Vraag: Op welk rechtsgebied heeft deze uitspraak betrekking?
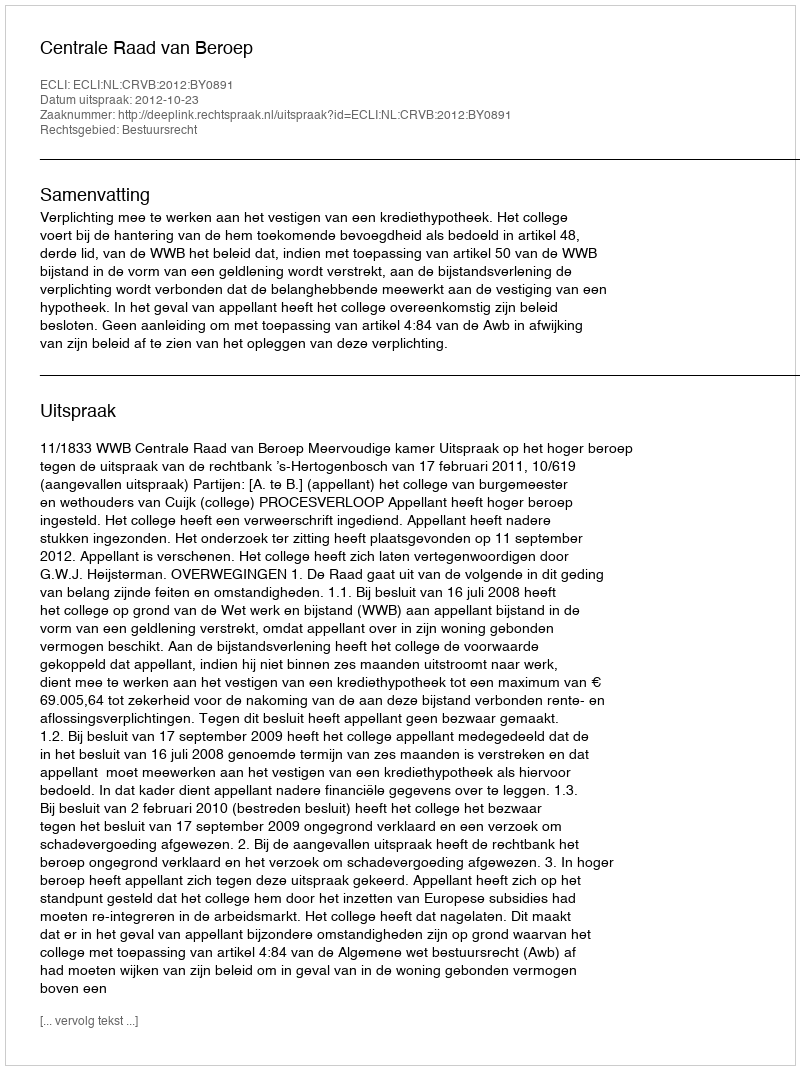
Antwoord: Bestuursrecht